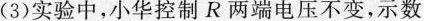
(3)实验中，小华控制R两端电压不变，示数